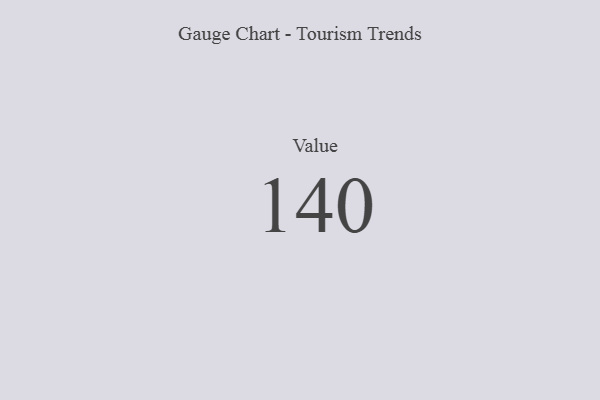
{"axis": {"x": "Metric", "y": "Value"}, "legend": [""], "data": [{"x": "Value", "y": 140, "type": ""}]}